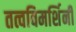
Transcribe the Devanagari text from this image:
तत्वविमर्शिनी